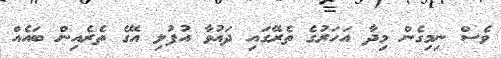
ވެސް ނިމިގެން މިދާ އަހަރުގެ ތެރޭގައި ދައުވާ އުފުލި އޭގެ ތެރެއިން ބައެއް